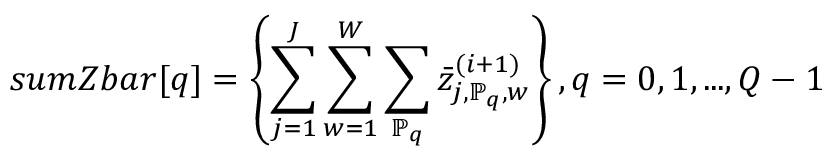
s u m Z b a r [ q ] = \left\{ \sum _ { j = 1 } ^ { J } \sum _ { w = 1 } ^ { W } \sum _ { \mathbb { P } _ { q } } \bar { z } _ { j , \mathbb { P } _ { q } , w } ^ { ( i + 1 ) } \right\} , q = 0 , 1 , . . . , Q - 1